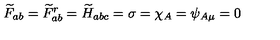
\widetilde { F } _ { a b } = \widetilde { F } _ { a b } ^ { r } = \widetilde { H } _ { a b c } = \sigma = \chi _ { A } = \psi _ { A \mu } = 0